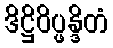
ဒိဋ္ဌိဝိပ္ဖန္ဒိတံ